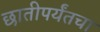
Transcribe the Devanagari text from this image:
छातीपर्यंतचा